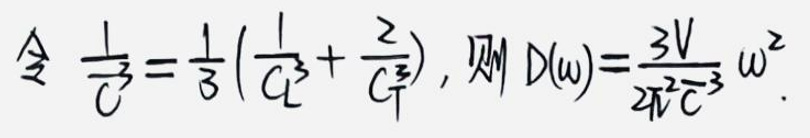
令\(\frac{1}{C}=\frac{1}{3}(\frac{1}{C_{L}}+\frac{2}{C_{\frac{1}{4}}})\)，则\(D(\omega)=\frac{3V}{2\pi^{2}C^{3}}\omega^{2}\)